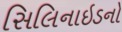
સિલિનાઇડનો